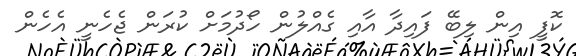
ކޮފީ އިން ލިބޭ ފައިދާ އާއި ގެއްލުން ހޯދުމަށް ކުރަން ޖެހެނީ އެހެން